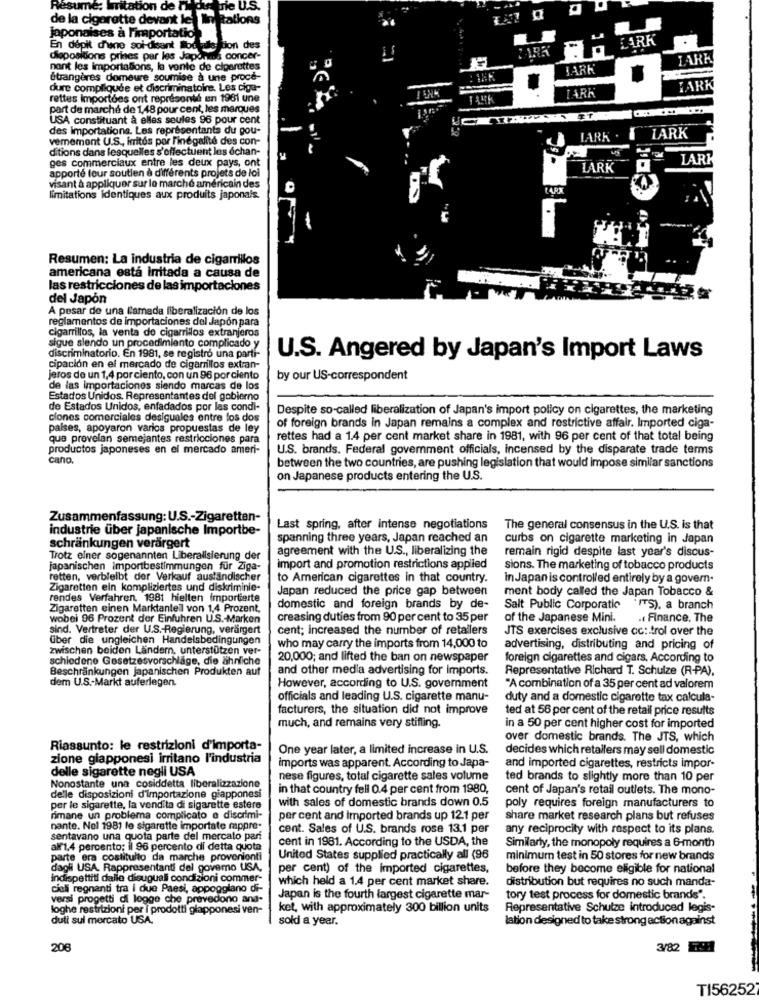
on de
nie U.S.
de la cigarette devant les limitations
japonaises à l'importation
LARK
En dépit d'une soi-disant loc
ation des
diopositions prises par les Japones concer-
IARA
nant les importasons, la vente de ciperettes
BARK
étrangères domeure soumise à une proce-
dure compliquée et discriminatoire. Les cige-
FARK
rettes Importoes ont représenté en 1981 une
TARK
part de marché de 1,48 pour cent, les marques
USA constituant à elles seules 96 pour cent
des importations. Les représentants du pou-
vemement U.S ., irritos por Fine galit
Finégalité des con-
LARK
LARK
ditions dans lesquelles s'effectuent los échan-
ges commerciaux entre les deux pays, ont
LARK
apporte four soutien a differents projets de loi
LARK
visant à appliquer sur le marché américain des
limitations Identiques aux produits japonais.
Resumen: La industria de cigarrillos
americana está irritada a causa de
las restricciones de las importaciones
del Japón
A pesar de una l'amada liberalización de los
reglamentos de importaciones del Japón para
cigarrillos, la venta de cigarrillos extranjeros
sigue siendo un procedimiento complicado y
discriminatorio. En 1981, se registró una parti-
U.S. Angered by Japan's Import Laws
cipación en el mercado de cigarrillos extran-
jeros de un 1,4 por ciento, con un 96 porciento
by our US-correspondent
de las importaciones siendo marcas de los
Estados Unidos. Representantes del gobierno
de Estados Unidos, enfadados por las condi-
Despite so-called liberalization of Japan's import policy on cigarettes, the marketing
clones comerciales desiguales entre los dos
paises, apoyaron varios propuestas de ley
of foreign brands in Japan remains a complex and restrictive affair. Imported ciga-
que prevelan semejantes restricciones para
rettes had a 1.4 per cent market share in 1981, with 96 per cent of that total being
productos japoneses en el mercado ameri-
U.S. brands. Federal government officials, incensed by the disparate trade terms
cano.
between the two countries, are pushing legislation that would impose similar sanctions
on Japanese products entering the U.S.
Zusammenfassung: U.S .- Zigaretten-
industrie über japanische Importbe-
Last spring, after intense negotiations
The general consensus in the U.S. is that
schränkungen verärgert
spanning three years, Japan reached an
curbs on cigarette marketing in Japan
agreement with the U.S ., liberalizing the
remain rigid despite last year's discus-
Trotz einer sogenannten Liberalisierung der
japanischen importbestimmungen für Ziga-
import and promotion restrictions applied
sions. The marketing of tobacco products
retten, verbleibt der Verkauf ausländischer
to American cigarettes in that country.
In Japan is controlled entirely by a govern.
Zigaretten ein kompliziertes und diskriminie-
Japan reduced the price gap between
ment body called the Japan Tobacco &
rendes Verfahren, 1981 hielten Importierte
Zigaretten einen Marktanteil von 1,4 Prozent.
domestic and foreign brands by de-
Salt Public Corporatio
"ITS). a branch
wobei 96 Prozent der Einfuhren U.S .- Marken
creasing duties from 90 per cent to 35 per
of the Japanese Mini.
- Finance, The
sind. Vertreter der U.S .- Regierung, verärgert
cent; increased the number of retailers
JTS exercises exclusive cc: trol over the
über die ungleichen Handelsbedingungen
zwischen beiden Ländern, unterstützen ver-
who may carry the imports from 14,000 to
advertising, distributing and pricing of
schiedene Gesetzesvorschläge, die ähnliche
20,000; and lifted the ban on newspaper
foreign cigarettes and cigars. According to
Beschränkungen japanischen Produkten auf
and other media advertising for imports.
Representative Richard T. Schulze (R-PA).
dem U.S .- Markt auferlegen.
However, according to U.S. government
"A combination of a 35 per cent ad valorem
officials and leading U.S. cigarette manu-
duty and a domestic cigarette tax calcula-
facturers, the situation did not improve
ted at 56 per cent of the retail price results
much, and remains very stifling.
in a 50 per cent higher cost for imported
over domestic brands. The JTS, which
Riassunto: le restrizioni d'importa-
One year later, a limited increase in U.S.
decides which retailers may sell domestic
zione giapponesi irritano l'industria
imports was apparent. According to Japa-
delle sigarette negli USA
and imported cigarettes, restricts impor-
nese figures, total cigarette sales volume
ted brands to slightly more than 10 per
Nonostante una cosiddetta liberalizzazione
in that country fell 0.4 per cent from 1980,
cent of Japan's retail outlets. The mono-
delle disposizioni d'importazione giapponesi
with sales of domestic brands down 0.5
per le sigarette, la vendita di sigarette estere
poly requires foreign manufacturers to
rimane un problema complicato e discrimi-
per cent and Imported brands up 12.1 per
share market research plans but refuses
nante. Nel 1981 le sigarette importate rappre-
cent. Sales of U.S. brands rose 13.1 per
any reciprocity with respect to its plans.
sentavano una quota parte del mercato pari
cent in 1981. According to the USDA, the
Similarly, the monopoly requires a 6-month
alf1.4 percento; il 96 percento di detta quota
parte era costituito da marche provenienti
United States supplied practically all (96
minimum test in 50 stores for new brands
dagli USA. Rappresentanti del govemo USA.
per cent) of the imported cigarettes,
before they become eligible for national
indispettiti dalle disuguali condizioni commer-
which held a 1.4 per cent market share.
distribution but requires no such manda-
ciali regnanti tra i due Paesi, appoggiano di-
versi progetti di logge che prevedono ana-
Japan is the fourth largest cigarette mar-
tory test process for domestic brands".
loghe restrizioni per i prodotti giapponesi ven-
ket, with approximately 300 billion units
Representative Schulze introduced legis-
duti sul mercato USA.
sold a year.
lation designed to take strong action against
208
3/82
TI56252